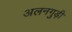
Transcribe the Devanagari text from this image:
अलनगुड़ी